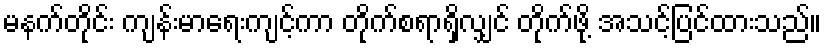
မနက်တိုင်း ကျန်းမာရေးကျင့်ကာ တိုက်စရာရှိလျှင် တိုက်ဖို့ အသင့်ပြင်ထားသည်။